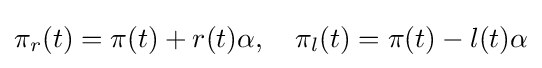
\pi _{r}(t)=\pi (t)+r(t)\alpha ,\,\,\,\,\,\,\pi _{l}(t)=\pi (t)-l(t)\alpha